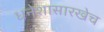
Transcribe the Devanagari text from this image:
धनेशासारखेच